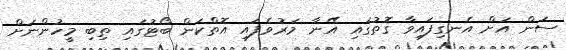
ސަން އަށް އެނގިފައިވާ ގޮތުގައި އޭނާ މަރުވެފައި އޮތްކަން ބޯޓުގައި ތިބި މީހުންނަށް